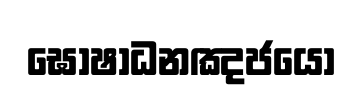
ඝොෂාධනඤජයො